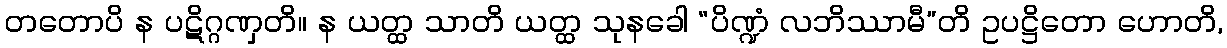
တတောပိ န ပဋိဂ္ဂဏှတိ။ န ယတ္ထ သာတိ ယတ္ထ သုနခေါ “ပိဏ္ဍံ လဘိဿာမီ”တိ ဥပဋ္ဌိတော ဟောတိ,